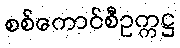
စစ်ကောင်စီဥက္ကဋ္ဌ